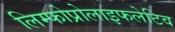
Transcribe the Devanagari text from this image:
लिम्फोप्रोलाइफलेटिव